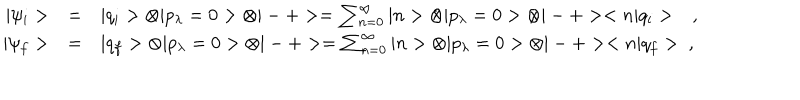
\begin{array} { r c l } { { | \psi _ { i } > } } & { { = } } & { { | q _ { i } > \otimes | p _ { \lambda } = 0 > \otimes | - + > = \sum _ { n = 0 } ^ { \infty } | n > \otimes | p _ { \lambda } = 0 > \otimes | - + > < n | q _ { i } > \ \ \ , } } \\ { { | \psi _ { f } > } } & { { = } } & { { | q _ { f } > \otimes | p _ { \lambda } = 0 > \otimes | - + > = \sum _ { n = 0 } ^ { \infty } | n > \otimes | p _ { \lambda } = 0 > \otimes | - + > < n | q _ { f } > \ , } } \\ \end{array}